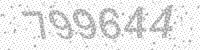
Solution: 799644